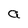
Character: a